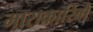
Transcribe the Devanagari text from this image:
माराकारिबो